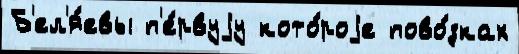
Б'ел'я́евы п'е́рвуjу кото́роjе пово́зках